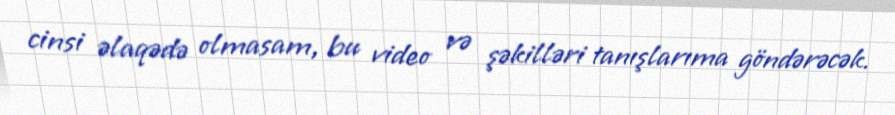
cinsi əlaqədə olmasam, bu video və şəkilləri tanışlarıma göndərəcək.